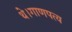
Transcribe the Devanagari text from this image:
थे।गाणपत्य